Report of the Bombay Veterinary College
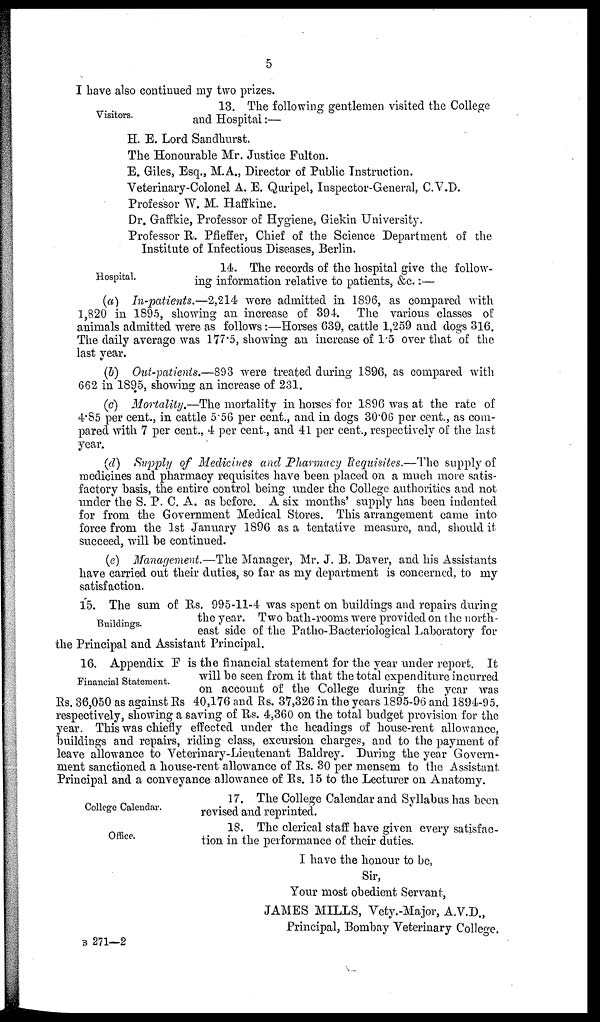
5
I have also continued my two prizes.
Visitors.
13. The following gentlemen visited the College
and Hospital:—
H. E. Lord Sandhurst.
The Honourable Mr. Justice Fulton.
E. Giles, Esq., M.A., Director of Public Instruction.
Veterinary-Colonel A. E. Quripel, Inspector-General, C.V.D.
Professor W. M. Haffkine.
Dr. Gaffkie, Professor of Hygiene, Giekin University.
Professor R. Pfieffer, Chief of the Science Department of the
Institute of Infectious Diseases, Berlin.
Hospital.
14. The records of the hospital give the follow-
ing information relative to patients, &c. :—
(a) In-patients.—2,214 were admitted in 1896, as compared with
1,820 in 1895, showing an increase of 394. The various classes of
animals admitted were as follows:—Horses 639, cattle 1,259 and dogs 316.
The daily average was 177.5, showing an increase of 1.5 over that of the
last year.
(b) Out-patients.—893 were treated during 1896, as compared with
662 in 1895, showing an increase of 231.
(c) Mortality.—The mortality in horses for 1896 was at the rate of
4.85 per cent., in cattle 5.56 per cent., and in dogs 30.06 per cent., as com-
pared with 7 per cent., 4 per cent., and 41 per cent., respectively of the last
year.
(d) Supply of Medicines and Pharmacy Requisites.—The supply of
medicines and pharmacy requisites have been placed on a much more satis-
factory basis, the entire control being under the College authorities and not
under the S. P. C. A. as before. A six months' supply has been indented
for from the Government Medical Stores. This arrangement came into
force from the 1st January 1896 as a tentative measure, and, should it
succeed, will be continued.
(e) Management.—The Manager, Mr. J. B. Daver, and his Assistants
have carried out their duties, so far as my department is concerned, to my
satisfaction.
Buildings.
15. The sum of Rs. 995-11-4 was spent on buildings and repairs during
the year. Two bath-rooms were provided on the north-
east side of the Patho-Bacteriological Laboratory for
the Principal and Assistant Principal.
Financial Statement.
16. Appendix F is the financial statement for the year under report. It
will be seen from it that the total expenditure incurred
on account of the College during the year was
Rs. 36,050 as against Rs. 40,176 and Rs. 37,326 in. the years 1895-96 and 1894-95,
respectively, showing a saving of Rs. 4,360 on the total budget provision for the
year. This was chiefly effected under the headings of house-rent allowance,
buildings and repairs, riding class, excursion charges, and to the payment of
leave allowance to Veterinary-Lieutenant Baldrey. During the year Govern-
ment sanctioned a house-rent allowance of Rs. 30 per mensem to the Assistant
Principal and a conveyance allowance of Rs. 15 to the Lecturer on Anatomy.
College Calendar.
17. The College Calendar and Syllabus has been
revised and reprinted.
Office.
18. The clerical staff have given every satisfac-
tion in the performance of their duties.
I have the honour to be,
Sir,
Your most obedient Servant,
JAMES MILLS, Vety.-Major, A.V.D.,
Principal, Bombay Veterinary College.
B 271—2